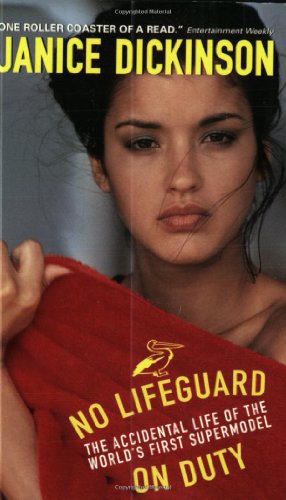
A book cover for No Lifeguard on Duty: The Accidental Life of the World's First Supermodel; Janice Dickinson; Arts & Photography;